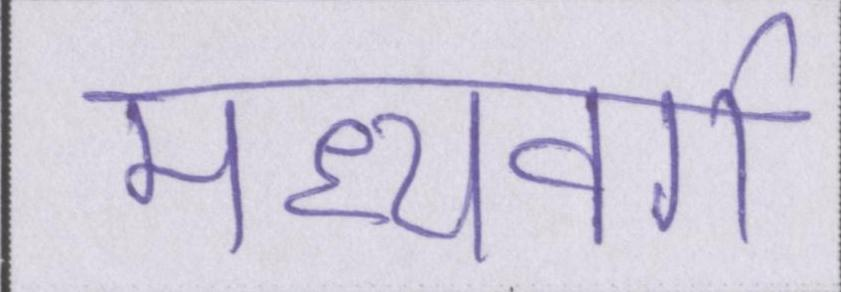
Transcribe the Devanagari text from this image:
मध्यवर्ग